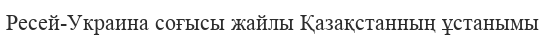
Ресей-Украина соғысы жайлы Қазақстанның ұстанымы